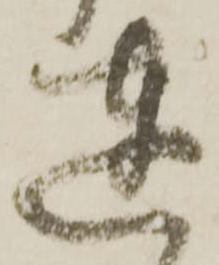
達